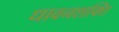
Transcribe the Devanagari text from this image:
धावनशक्ति